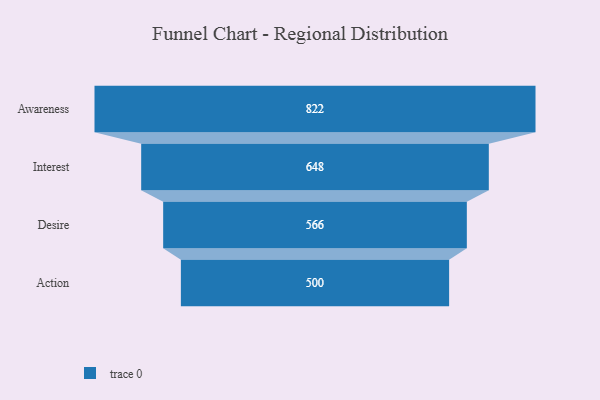
{"axis": {"x": "Stage", "y": "Value"}, "legend": [""], "data": [{"x": "Awareness", "y": 822.0, "type": ""}, {"x": "Interest", "y": 648.0, "type": ""}, {"x": "Desire", "y": 566.0, "type": ""}, {"x": "Action", "y": 500, "type": ""}]}